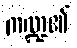
ကဏ္ဍ၏